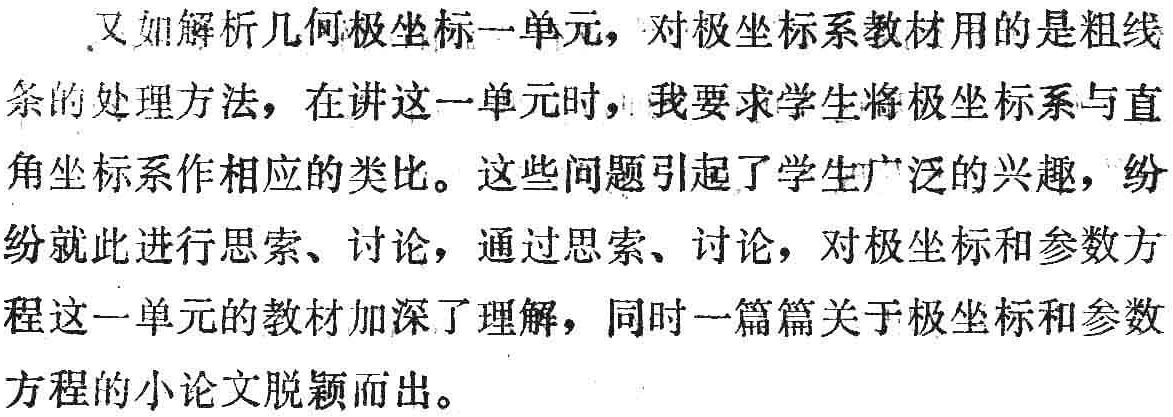
又如解析几何极坐标一单元，对极坐标系教材用的是粗线条的处理方法，在讲这一单元时，我要求学生将极坐标系与直角坐标系作相应的类比。这些问题引起了学生广泛的兴趣，纷纷就此进行思索、讨论，通过思索、讨论，对极坐标和参数方程这一单元的教材加深了理解，同时一篇篇关于极坐标和参数方程的小论文脱颖而出。